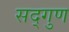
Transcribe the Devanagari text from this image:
सद्‌गुण